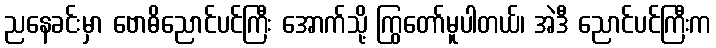
ညနေခင်းမှာ ဗောဓိညောင်ပင်ကြီး အောက်သို့ ကြွတော်မူပါတယ်၊ အဲဒီ ညောင်ပင်ကြီးက